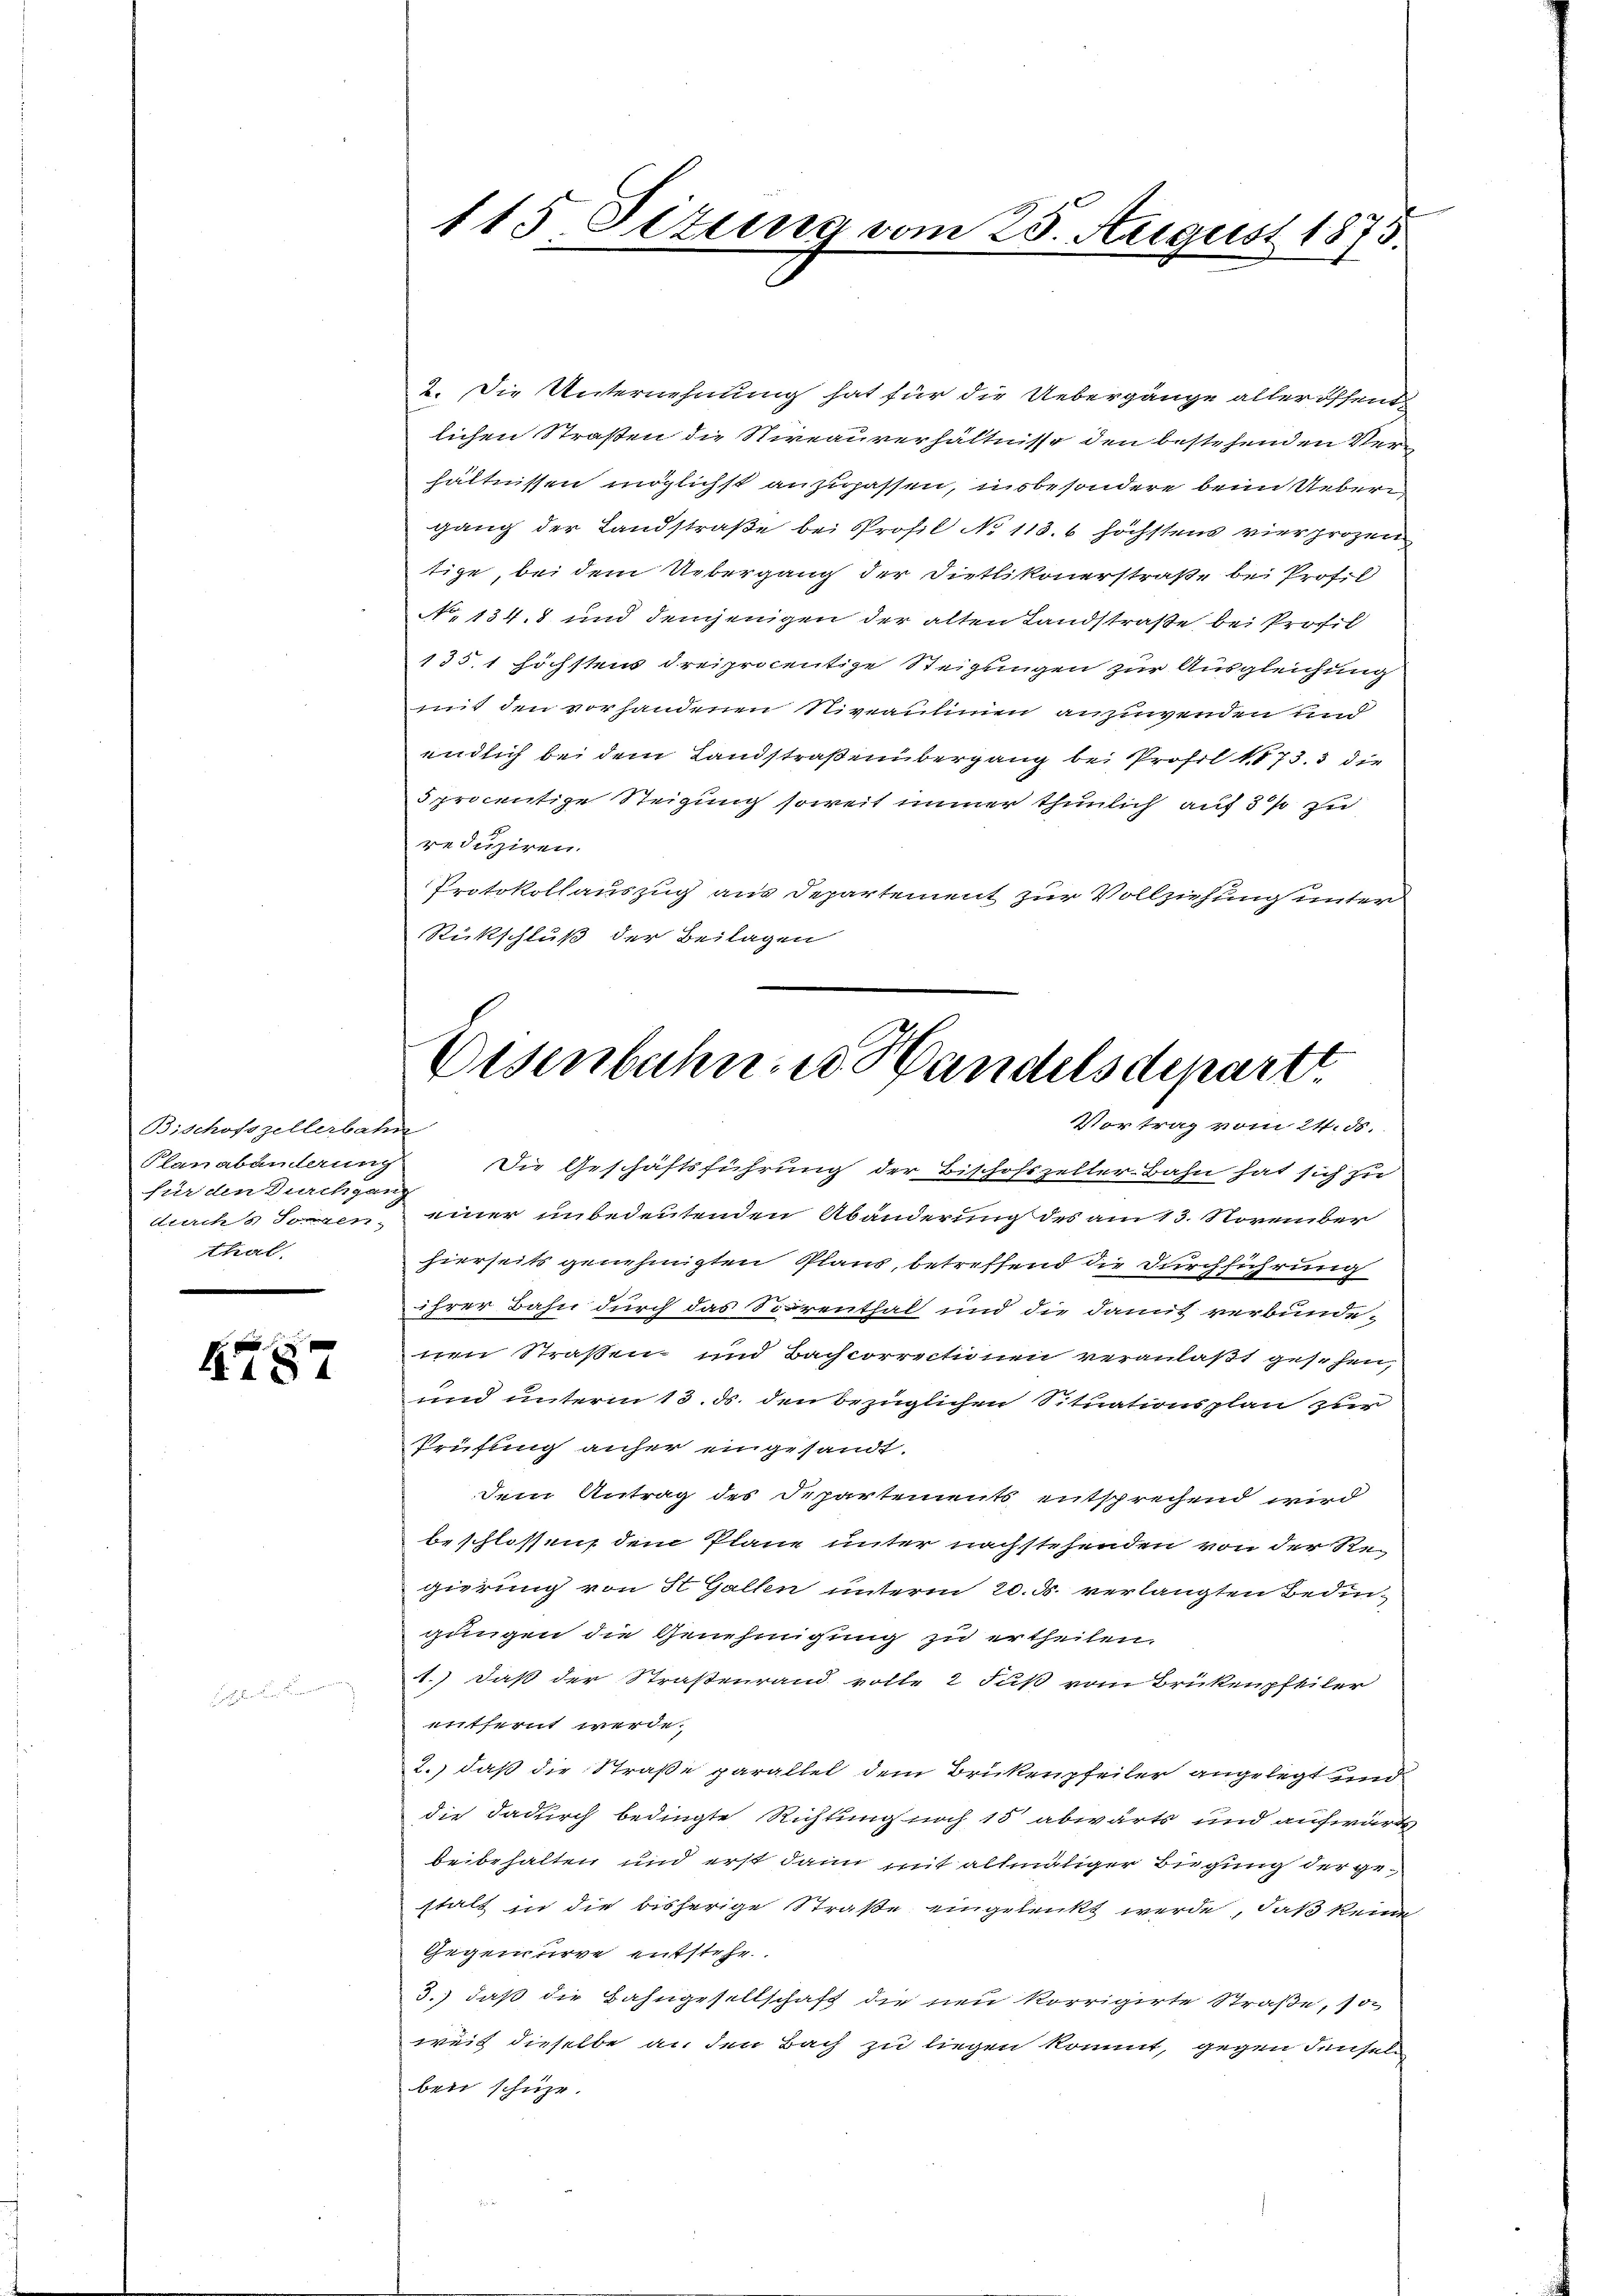
Bischofszellerbahn
Planabänderung
für den Durchgang
thal,

14

2. Die Unternehmung hat für die Uebergänge aller öffende
lichen Straßen die Niveaurerhältnisse den bestehenden Verhältnissen möglichst anzupassen, insbesondere beim Uebern
gang der Landstraße bei Profil No 113. 6 höchstens vierprozen
tige, bei dem Uebergang der Dietlikonerstraße bei Prof.
N. 134. und demjenigen der alten Landstraße bei Profil
135. 1 höchstens dreiprocentige Steigungen zur Ausgleichung
mit den vorhandenen Niveaulinien anzuwenden und
endlich bei dem Landstraßenübergang bei Profil 1873. 3 die
5 procentige Steigung soweit immer thunlich auf 3 % zu
reduziren.
Protokollauszug aus Departement zur Vollziehung unter
Rückschluß der Beilagen

115 Situng vom 25. August 1875.

Eisenbahn u. Handelsdepart
Vortrag vom 24. ds.

Die Geschäftsführung der Bischofszeller-Bahn hat sich zu
drachs sogen einer unbedeutenden Abänderung des am 13. November
hierseits genehmigten Plans, betreffend die Durchführung
ihrer Bahn durch das Sorrenthal und die damit verbunde-
ten Straßen- und Bachcorrectionen veranlaßt gesehen,
und unterm 13. ds. den bezüglichen Situationsplan zur
Prüfung anher eingesandt.
dem Antrag des Departements entsprechend wird
beschlossen, dem Plane unter nachstehenden von der Regierung von St. Gallen unterm 20. d. verlangten Bedingungen die Genehmigung zu ertheilen.
1.) Daß der Straßenrand volle 2 Fuß vom Brükenpfeiler
entfernt werde.
2.) daß die Straße parallel dem Brükenpfeiler angelegt und
die dadurch bedingte Richtung noch 15 abwärts und aufwärts
beibehalten und erst dann mit allmäliger Bügung der ge-
stalt in die bisherige Straße eingelenkt werde, daß keine
Gegenderve entstehe.
3.) daß die Hahngesellschaft die neu korrigirte Straße, so
weil dieselbe an den Bach zu liegen kommt, gegen densel-
ben schuhr.